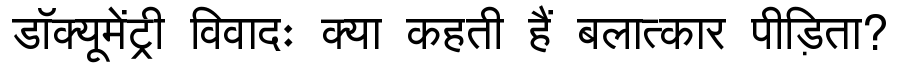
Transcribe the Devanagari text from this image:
डॉक्यूमेंट्री विवादः क्या कहती हैं बलात्कार पीड़िता?